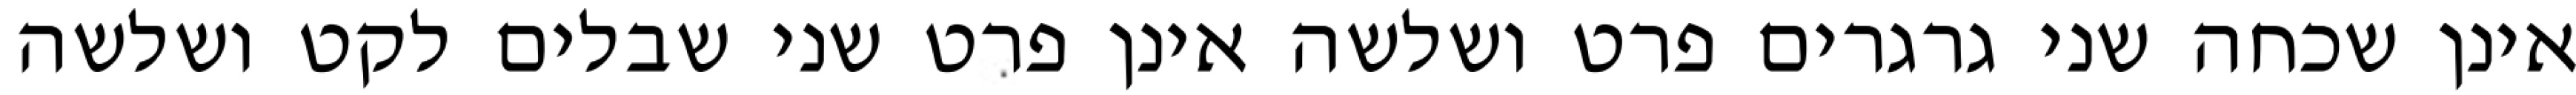
אינן שכחה שני גרגרים פרט ושלשה אינן פרט שני שבלים לקט ושלשה